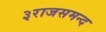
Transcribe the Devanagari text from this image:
३राजसमन्द